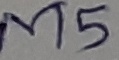
Text: M5